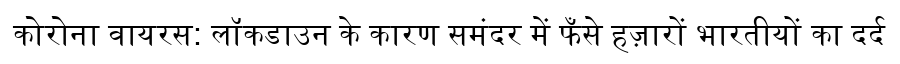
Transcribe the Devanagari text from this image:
कोरोना वायरस: लॉकडाउन के कारण समंदर में फँसे हज़ारों भारतीयों का दर्द